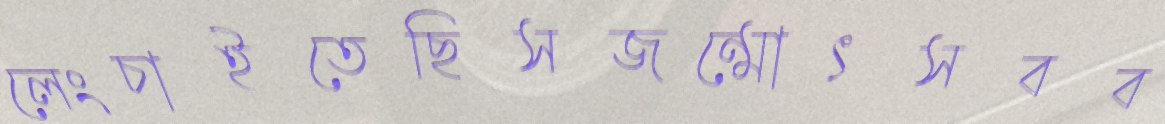
লেংচাইতেছিসজন্মোৎসবব